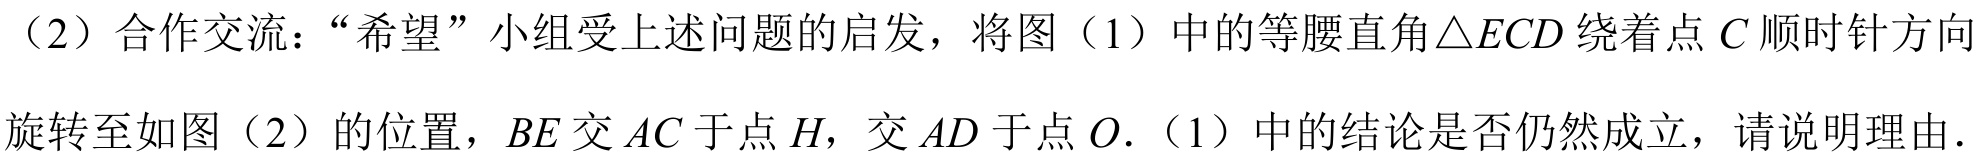
（2）合作交流：“希望”小组受上述问题的启发，将图（1）中的等腰直角$\triangle ECD$绕着点$C$顺时针方向
旋转至如图（2）的位置，$BE$交$AC$于点$H$，交$AD$于点$O$.（1）中的结论是否仍然成立，请说明理由.